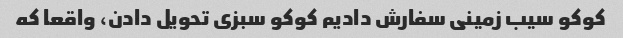
کوکو سیب زمینی سفارش دادیم کوکو سبزی تحویل دادن، واقعا که